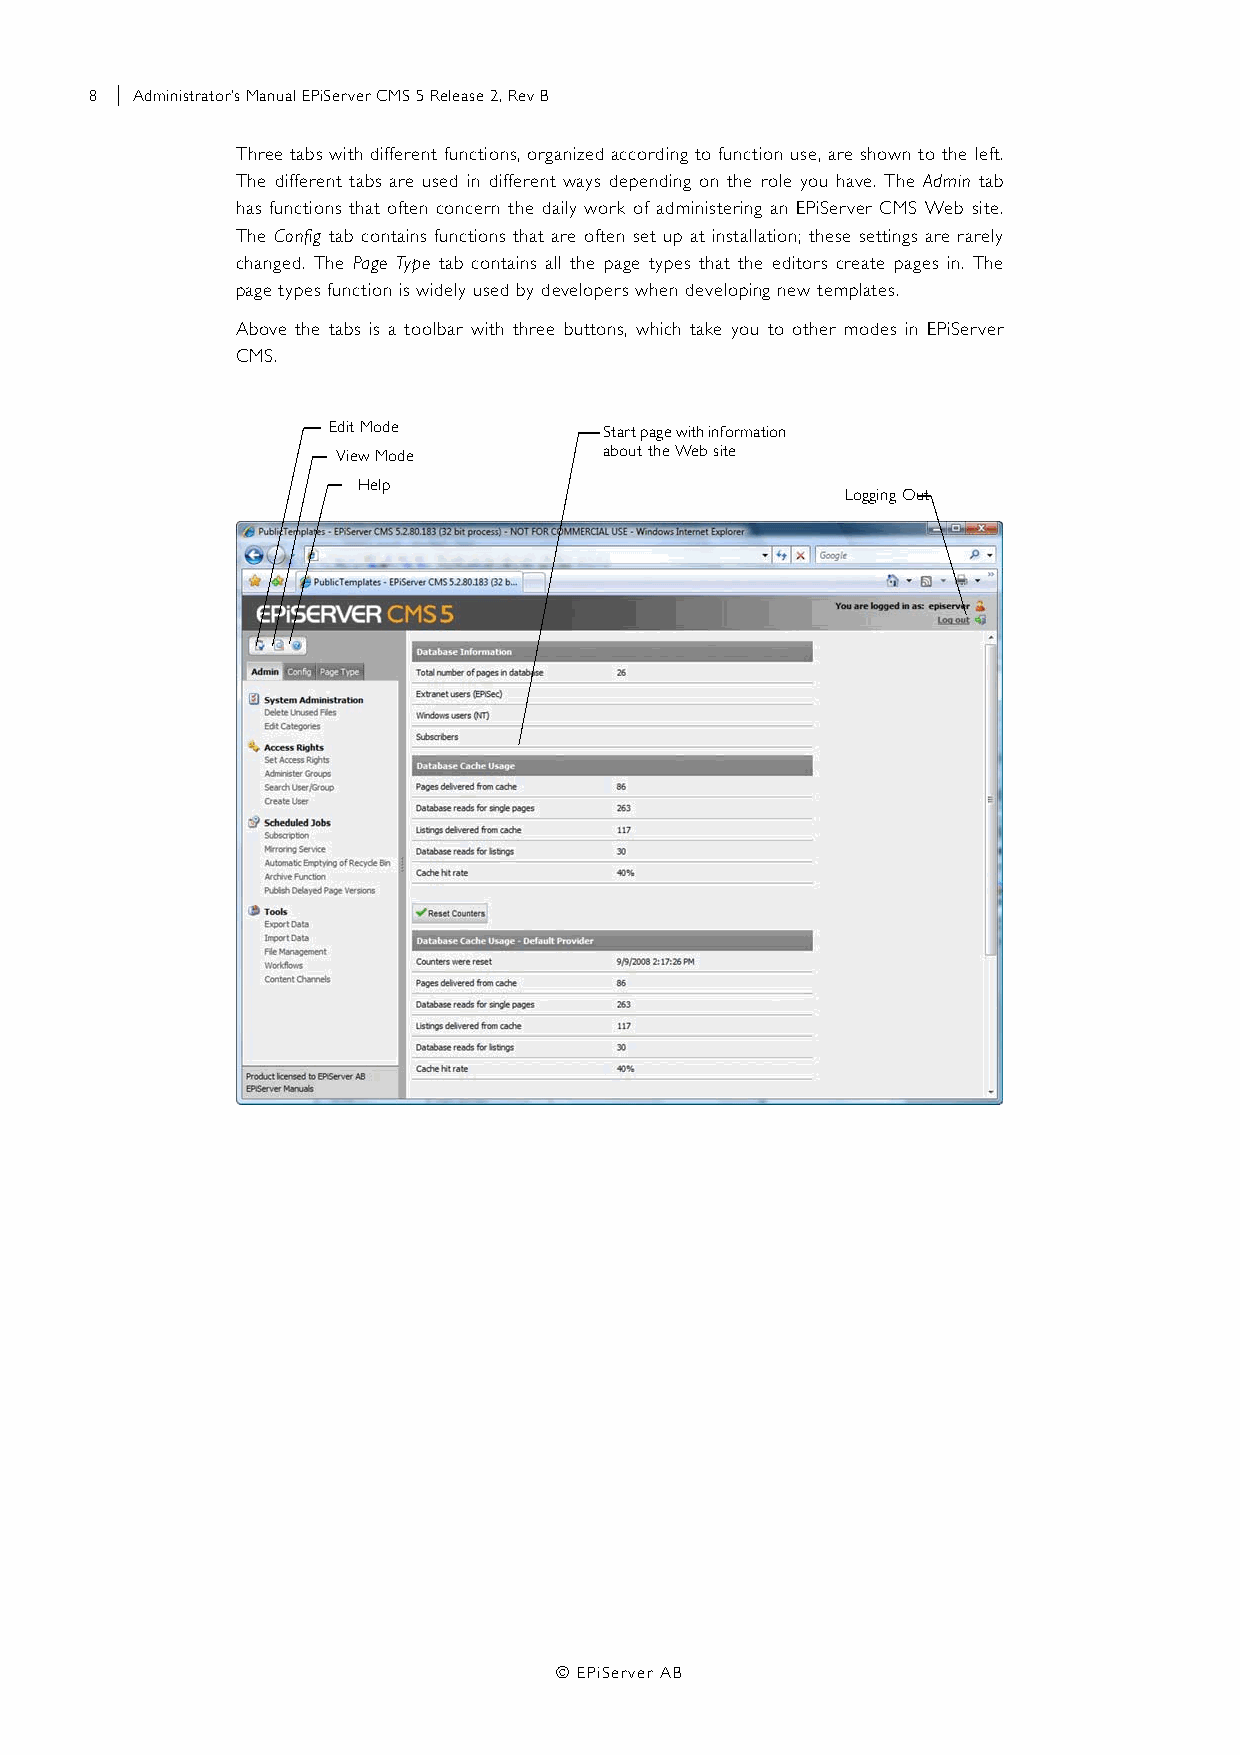
8 | Administrator’s Manual EPiServer CMS 5 Release 2, Rev B
 Three tabs with different functions, organized according to function use, are shown to the left.
 The different tabs are used in different ways depending on the role you have. The Admin tab
 has functions that often concern the daily work of administering an EPiServer CMS Web site.
 The Config tab contains functions that are often set up at installation; these settings are rarely
 changed. The Page Type tab contains all the page types that the editors create pages in. The
 page types function is widely used by developers when developing new templates.
 Above the tabs is a toolbar with three buttons, which take you to other modes in EPiServer
 CMS.
 Edit Mode         Start page with information
 View Mode         about the Web site
 Help
 Logging Out
 © EPiServer AB